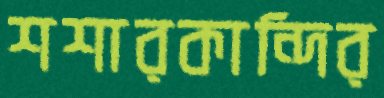
শশারকান্দির